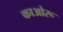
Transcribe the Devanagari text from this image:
काओरू